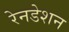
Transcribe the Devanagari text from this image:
रेनडेशन